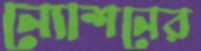
ন্যোশনের